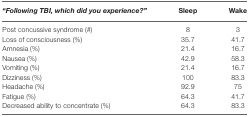
<table><thead><tr><td><b><i>“Following TBI, which did you experience?”</i></b></td><td><b>Sleep</b></td><td><b>Wake</b></td></tr></thead><tbody><tr><td>Post concussive syndrome (#)</td><td>8</td><td>3</td></tr><tr><td>Loss of consciousness (%)</td><td>35.7</td><td>41.7</td></tr><tr><td>Amnesia (%)</td><td>21.4</td><td>16.7</td></tr><tr><td>Nausea (%)</td><td>42.9</td><td>58.3</td></tr><tr><td>Vomiting (%)</td><td>21.4</td><td>16.7</td></tr><tr><td>Dizziness (%)</td><td>100</td><td>83.3</td></tr><tr><td>Headache (%)</td><td>92.9</td><td>75</td></tr><tr><td>Fatigue (%)</td><td>64.3</td><td>41.7</td></tr><tr><td>Decreased ability to concentrate (%)</td><td>64.3</td><td>83.3</td></tr></tbody></table>